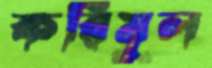
করিমুল